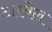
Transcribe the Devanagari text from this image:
टारवेल